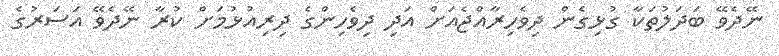
ނޭދެވޭ ބަދަލުތަކާ ގުޅިގެން ދިވެހިރާއްޖެއަށް އަދި ދިވެހިންގެ ދިރިއުޅުމަށް ކުރާ ނޭދެވޭ އަސަރުގެ